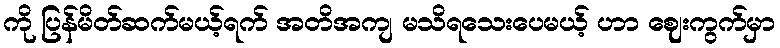
ကို ပြန်မိတ်ဆက်မယ့်ရက် အတိအကျ မသိရသေးပေမယ့် ဟာ ဈေးကွက်မှာ